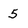
Character: 5